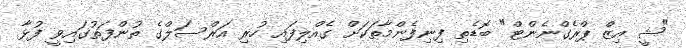
"ޝީ އިޒް ޕްރެގްނެންޓް" ބޮޑެތި ފިނިފެންމާތަކަށް ގެއްލިފައި ހުރި އަރްސަލްގެ ތުންފަތުގައިވީ ފުޅާ